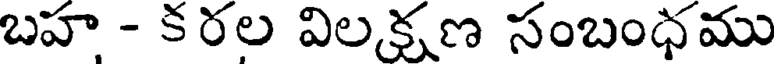
బహ - కరల విలక్షణ సంబంధము